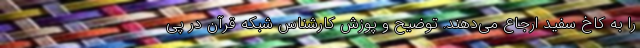
را به کاخ سفید ارجاع می‌دهند. توضیح و پوزش کارشناس شبکه قرآن در پی